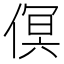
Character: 𠋶